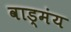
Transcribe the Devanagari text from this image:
वाड्मंय